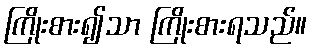
ကြိုးစား၍သာ ကြိုးစားရသည်။